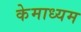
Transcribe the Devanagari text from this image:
केमाध्यम